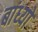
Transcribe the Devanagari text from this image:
बांध्‍यो